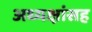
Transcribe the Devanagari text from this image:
अध्यक्षांसह